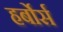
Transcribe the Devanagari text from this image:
हर्बोर्स